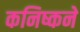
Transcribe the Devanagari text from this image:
कनिष्कने